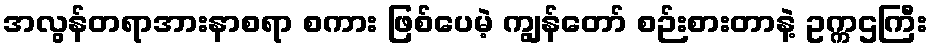
အလွန်တရာအားနာစရာ စကား ဖြစ်ပေမဲ့ ကျွန်တော် စဉ်းစားတာနဲ့ ဥက္ကဌကြီး